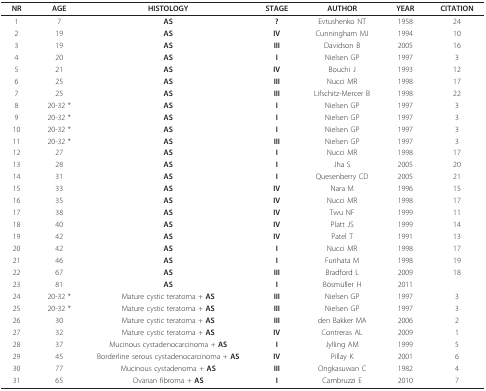
<table><thead><tr><td><b>NR</b></td><td><b>AGE</b></td><td><b>HISTOLOGY</b></td><td><b>STAGE</b></td><td><b>AUTHOR</b></td><td><b>YEAR</b></td><td><b>CITATION</b></td></tr></thead><tbody><tr><td>1</td><td>7</td><td><b>AS</b></td><td><b>?</b></td><td>Evtushenko NT</td><td>1958</td><td>24</td></tr><tr><td>2</td><td>19</td><td><b>AS</b></td><td><b>IV</b></td><td>Cunningham MJ</td><td>1994</td><td>10</td></tr><tr><td>3</td><td>19</td><td><b>AS</b></td><td><b>III</b></td><td>Davidson B</td><td>2005</td><td>16</td></tr><tr><td>4</td><td>20</td><td><b>AS</b></td><td><b>I</b></td><td>Nielsen GP</td><td>1997</td><td>3</td></tr><tr><td>5</td><td>21</td><td><b>AS</b></td><td><b>IV</b></td><td>Bouchi J</td><td>1993</td><td>12</td></tr><tr><td>6</td><td>25</td><td><b>AS</b></td><td><b>III</b></td><td>Nucci MR</td><td>1998</td><td>17</td></tr><tr><td>7</td><td>25</td><td><b>AS</b></td><td><b>III</b></td><td>Lifschitz-Mercer B</td><td>1998</td><td>22</td></tr><tr><td>8</td><td>20-32 *</td><td><b>AS</b></td><td><b>I</b></td><td>Nielsen GP</td><td>1997</td><td>3</td></tr><tr><td>9</td><td>20-32 *</td><td><b>AS</b></td><td><b>I</b></td><td>Nielsen GP</td><td>1997</td><td>3</td></tr><tr><td>10</td><td>20-32 *</td><td><b>AS</b></td><td><b>I</b></td><td>Nielsen GP</td><td>1997</td><td>3</td></tr><tr><td>11</td><td>20-32 *</td><td><b>AS</b></td><td><b>III</b></td><td>Nielsen GP</td><td>1997</td><td>3</td></tr><tr><td>12</td><td>27</td><td><b>AS</b></td><td><b>I</b></td><td>Nucci MR</td><td>1998</td><td>17</td></tr><tr><td>13</td><td>28</td><td><b>AS</b></td><td><b>I</b></td><td>Jha S</td><td>2005</td><td>20</td></tr><tr><td>14</td><td>31</td><td><b>AS</b></td><td><b>I</b></td><td>Quesenberry CD</td><td>2005</td><td>21</td></tr><tr><td>15</td><td>33</td><td><b>AS</b></td><td><b>IV</b></td><td>Nara M</td><td>1996</td><td>15</td></tr><tr><td>16</td><td>35</td><td><b>AS</b></td><td><b>IV</b></td><td>Nucci MR</td><td>1998</td><td>17</td></tr><tr><td>17</td><td>38</td><td><b>AS</b></td><td><b>IV</b></td><td>Twu NF</td><td>1999</td><td>11</td></tr><tr><td>18</td><td>40</td><td><b>AS</b></td><td><b>IV</b></td><td>Platt JS</td><td>1999</td><td>14</td></tr><tr><td>19</td><td>42</td><td><b>AS</b></td><td><b>IV</b></td><td>Patel T</td><td>1991</td><td>13</td></tr><tr><td>20</td><td>42</td><td><b>AS</b></td><td><b>I</b></td><td>Nucci MR</td><td>1998</td><td>17</td></tr><tr><td>21</td><td>46</td><td><b>AS</b></td><td><b>I</b></td><td>Furihata M</td><td>1998</td><td>19</td></tr><tr><td>22</td><td>67</td><td><b>AS</b></td><td><b>III</b></td><td>Bradford L</td><td>2009</td><td>18</td></tr><tr><td>23</td><td>81</td><td><b>AS</b></td><td><b>I</b></td><td>Bösmüller H</td><td>2011</td><td></td></tr><tr><td>24</td><td>20-32 *</td><td>Mature cystic teratoma + <b>AS</b></td><td><b>III</b></td><td>Nielsen GP</td><td>1997</td><td>3</td></tr><tr><td>25</td><td>20-32 *</td><td>Mature cystic teratoma + <b>AS</b></td><td><b>III</b></td><td>Nielsen GP</td><td>1997</td><td>3</td></tr><tr><td>26</td><td>30</td><td>Mature cystic teratoma + <b>AS</b></td><td><b>III</b></td><td>den Bakker MA</td><td>2006</td><td>2</td></tr><tr><td>27</td><td>32</td><td>Mature cystic teratoma + <b>AS</b></td><td><b>IV</b></td><td>Contreras AL</td><td>2009</td><td>1</td></tr><tr><td>28</td><td>37</td><td>Mucinous cystadenocarcinoma + <b>AS</b></td><td><b>I</b></td><td>Jylling AM</td><td>1999</td><td>5</td></tr><tr><td>29</td><td>45</td><td>Borderline serous cystadenocarcinoma + <b>AS</b></td><td><b>IV</b></td><td>Pillay K</td><td>2001</td><td>6</td></tr><tr><td>30</td><td>77</td><td>Mucinous cystadenoma + <b>AS</b></td><td><b>III</b></td><td>Ongkasuwan C</td><td>1982</td><td>4</td></tr><tr><td>31</td><td>65</td><td>Ovarian fibroma + <b>AS</b></td><td><b>I</b></td><td>Cambruzzi E</td><td>2010</td><td>7</td></tr></tbody></table>